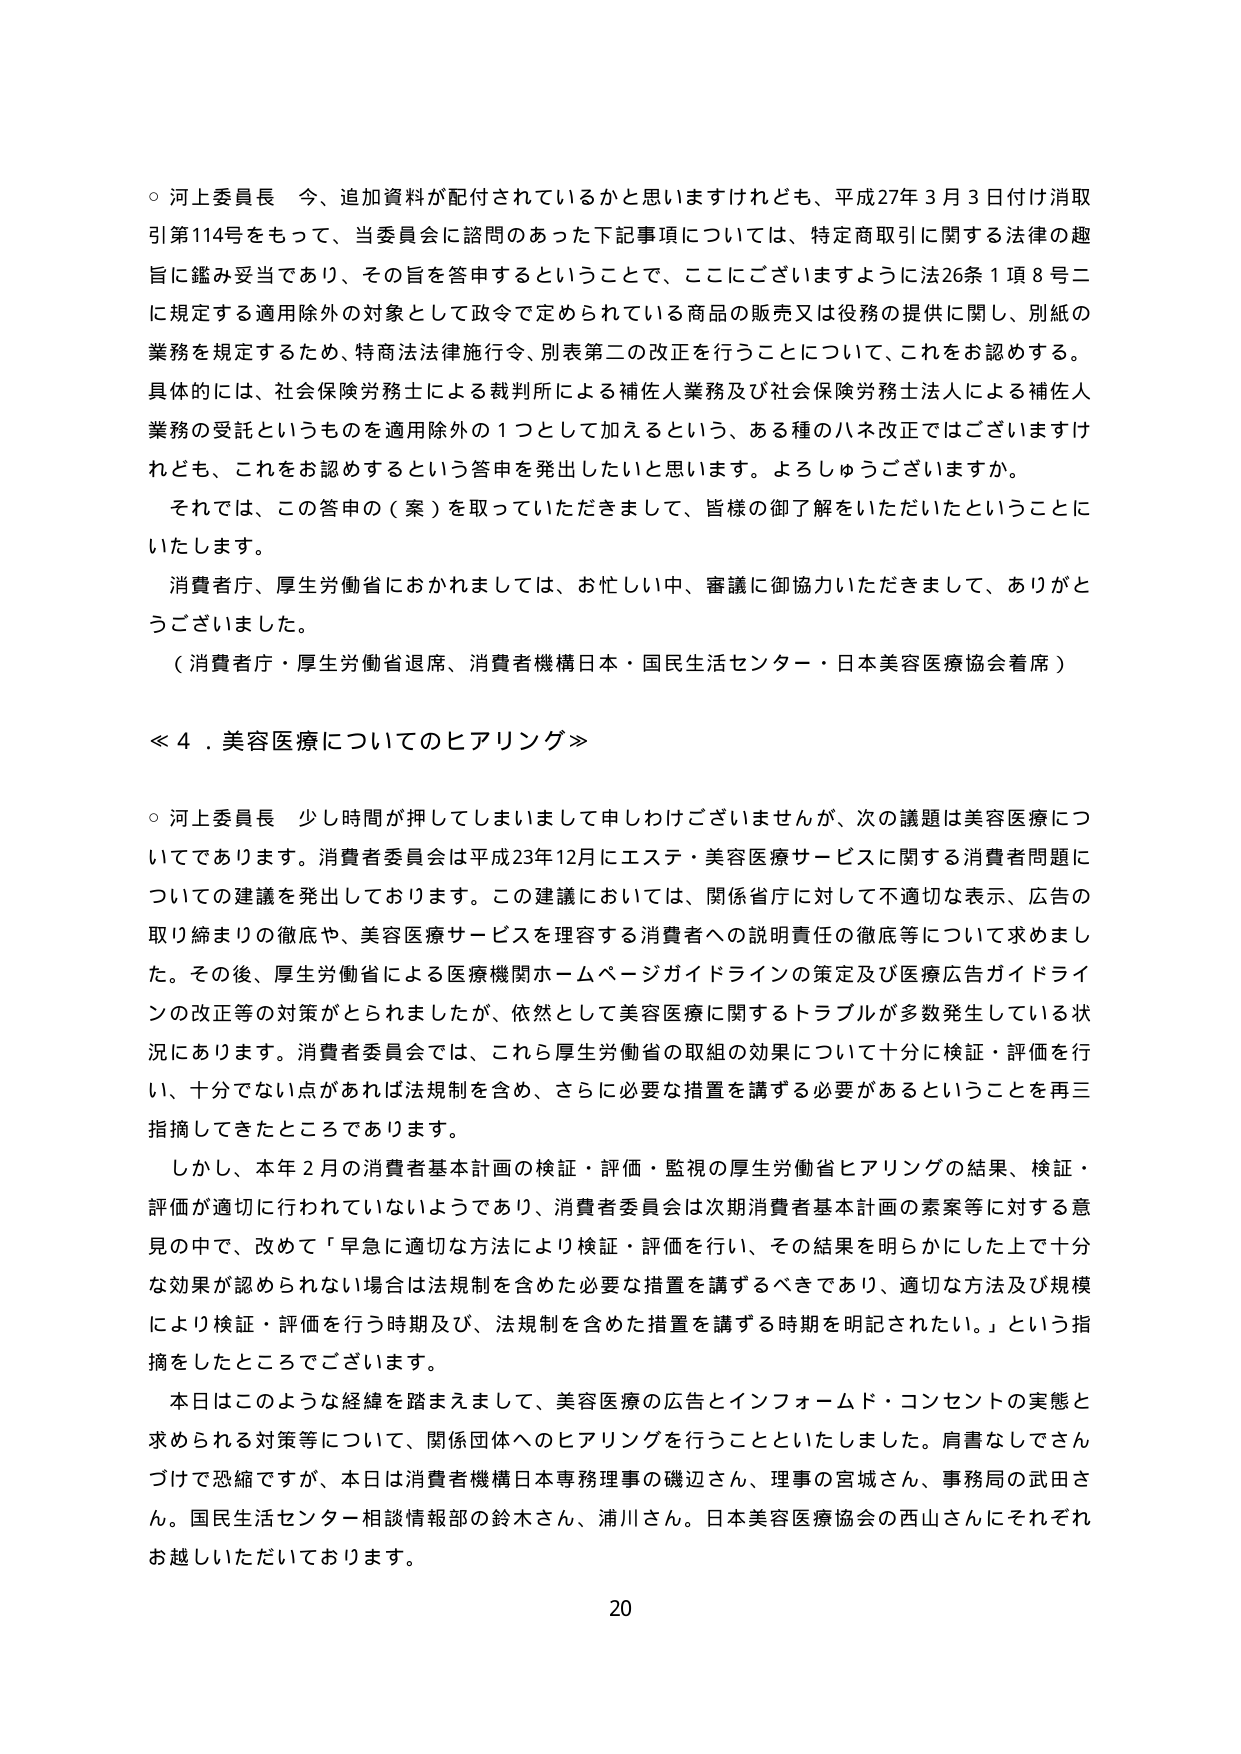
○ 河上委員長 今、追加資料が配付されているかと思いますけれども、平成27年3月3日付け消取引第114号をもって、当委員会に諮問のあった下記事項については、特定商取引に関する法律の趣旨に鑑み妥当であり、その旨を答申するということで、ここにございますように法26条1項8号ニに規定する適用除外の対象として政令で定められている商品の販売又は役務の提供に関し、別紙の業務を規定するため、特商法法律施行令、別表第二の改正を行うことについて、これをお認めする。具体的には、社会保険労務士による裁判所による補佐人業務及び社会保険労務士法人による補佐人業務の受託というものを適用除外の1つとして加えるという、ある種のハネ改正ではございますけれども、これをお認めするという答申を発出したいと思います。よろしゅうございますか。

それでは、この答申の（案）を取っていただきまして、皆様の御了解をいただいたということにいたします。

消費者庁、厚生労働省におかれましては、お忙しい中、審議に御協力いただきまして、ありがとうございました。

（消費者庁・厚生労働省退席、消費者機構日本・国民生活センター・日本美容医療協会着席）

≪4．美容医療についてのヒアリング≫

○ 河上委員長 少し時間が押してしまいまして申しわけございませんが、次の議題は美容医療についてであります。消費者委員会は平成23年12月にエステ・美容医療サービスに関する消費者問題についての建議を発出しております。この建議においては、関係省庁に対して不適切な表示、広告の取り締まりの徹底や、美容医療サービスを理容する消費者への説明責任の徹底等について求めました。その後、厚生労働省による医療機関ホームページガイドラインの策定及び医療広告ガイドラインの改正等の対策がとられましたが、依然として美容医療に関するトラブルが多数発生している状況にあります。消費者委員会では、これら厚生労働省の取組の効果について十分に検証・評価を行い、十分でない点があれば法規制を含め、さらに必要な措置を講ずる必要があるということを再三指摘してきたところであります。

しかし、本年2月の消費者基本計画の検証・評価・監視の厚生労働省ヒアリングの結果、検証・評価が適切に行われていないようであり、消費者委員会は次期消費者基本計画の素案等に対する意見の中で、改めて「早急に適切な方法により検証・評価を行い、その結果を明らかにした上で十分な効果が認められない場合は法規制を含めた必要な措置を講ずるべきであり、適切な方法及び規模により検証・評価を行う時期及び、法規制を含めた措置を講ずる時期を明記されたい。」という指摘をしたところでございます。

本日はこのような経緯を踏まえまして、美容医療の広告とインフォームド・コンセントの実態と求められる対策等について、関係団体へのヒアリングを行うことといたしました。肩書なしでさんづけで恐縮ですが、本日は消費者機構日本専務理事の磯辺さん、理事の宮城さん、事務局の武田さん。国民生活センター相談情報部の鈴木さん、浦川さん。日本美容医療協会の西山さんにそれぞれお越しいただいております。

20